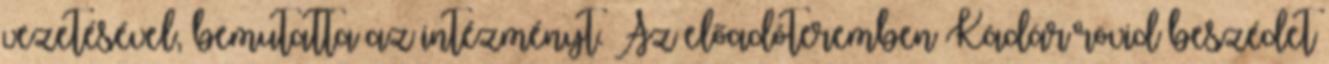
vezetésével, bemutatta az intézményt. Az előadóteremben Kádár rövid beszédet